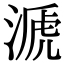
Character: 㴲